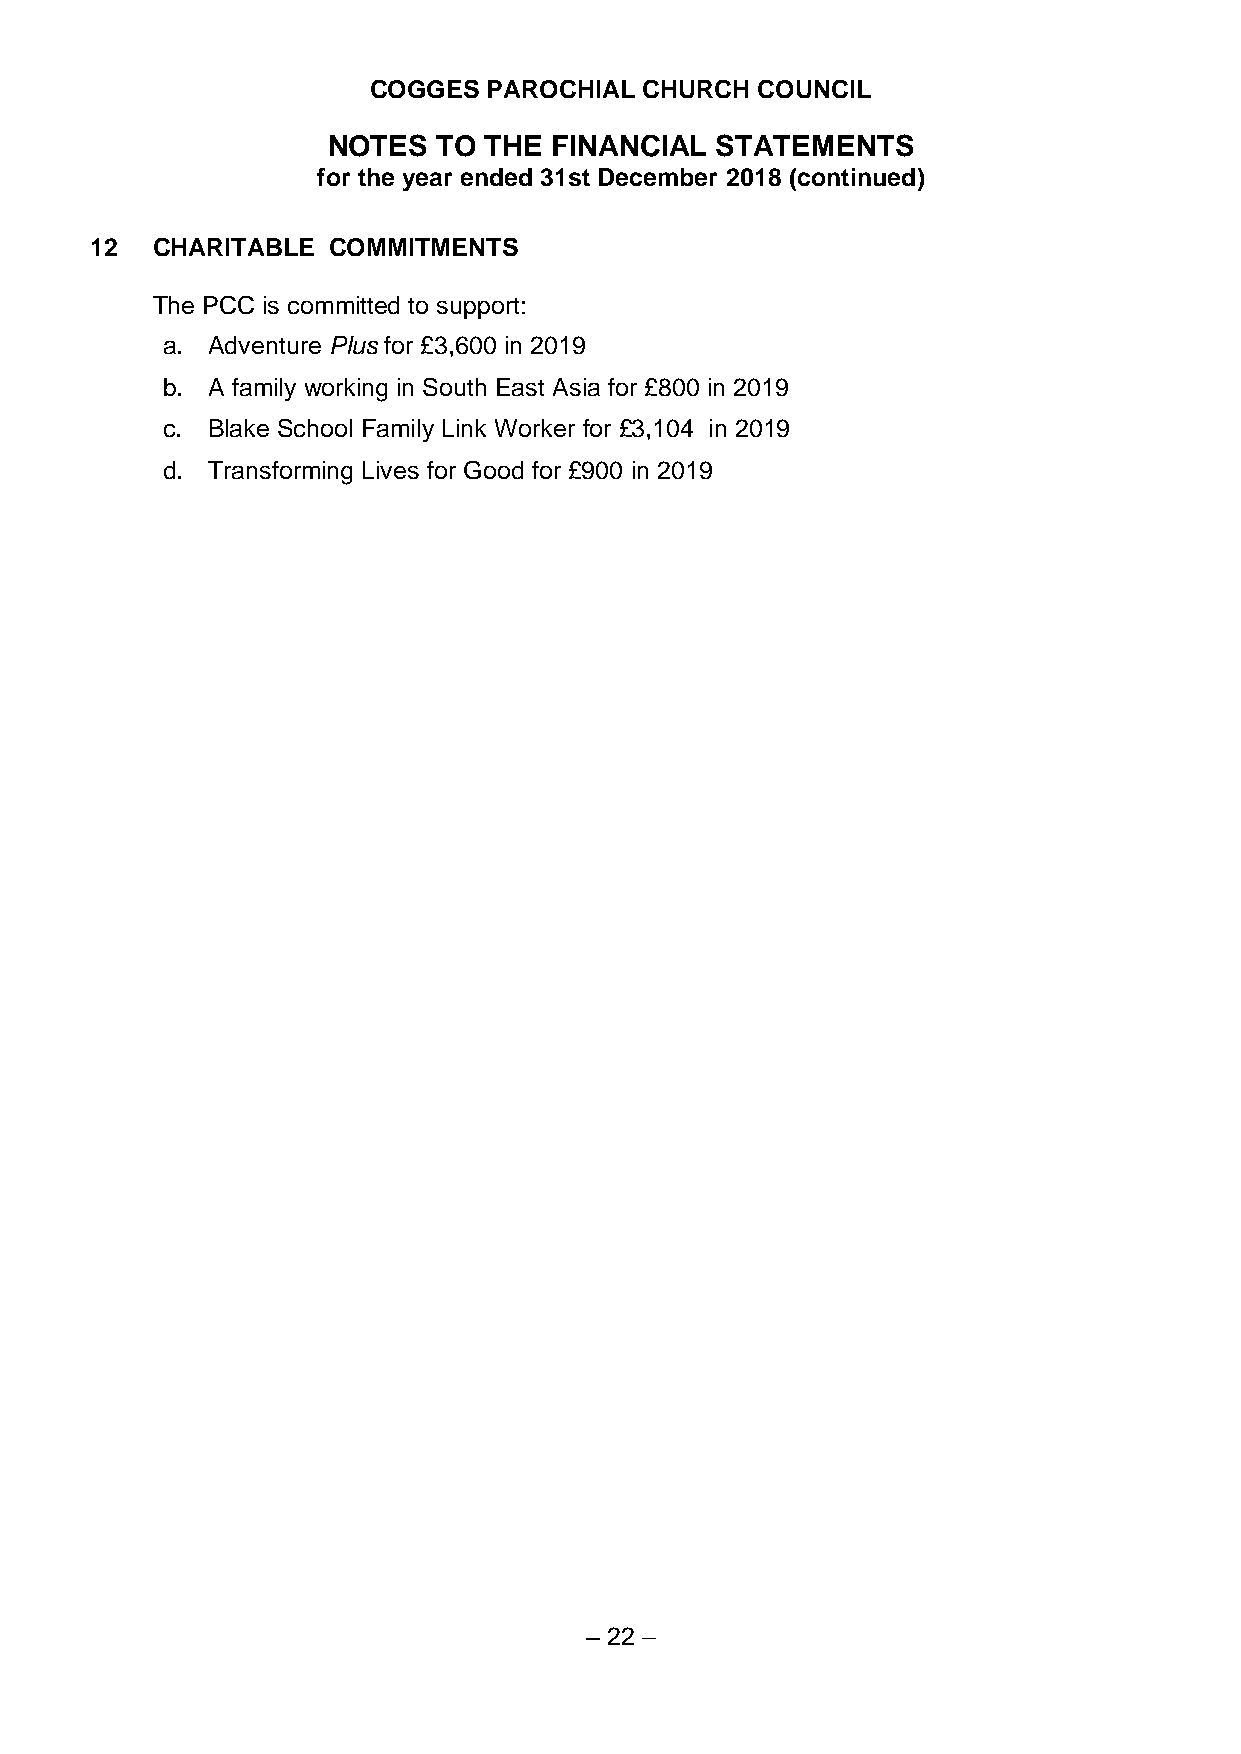
COGGES PAROCHIAL  CHURCH COUNCIL
 NOTES  TO THE FINANCIAL  STATEMENTS
 for the year ended 31st December 2018 (continued)
 12  CHARITABLE  COMMITMENTS
 The PCC is committed to support:
 a. Adventure Plus for £3,600 in 2019
 b. A family working in South East Asia for £800 in 2019
 c. Blake School Family Link Worker for £3,104 in 2019
 d. Transforming Lives for Good for £900 in 2019
 – 22 –